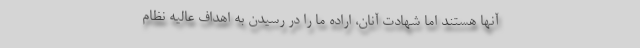
آنها هستند اما شهادت آنان، اراده ما را در رسیدن به اهداف عالیه نظام